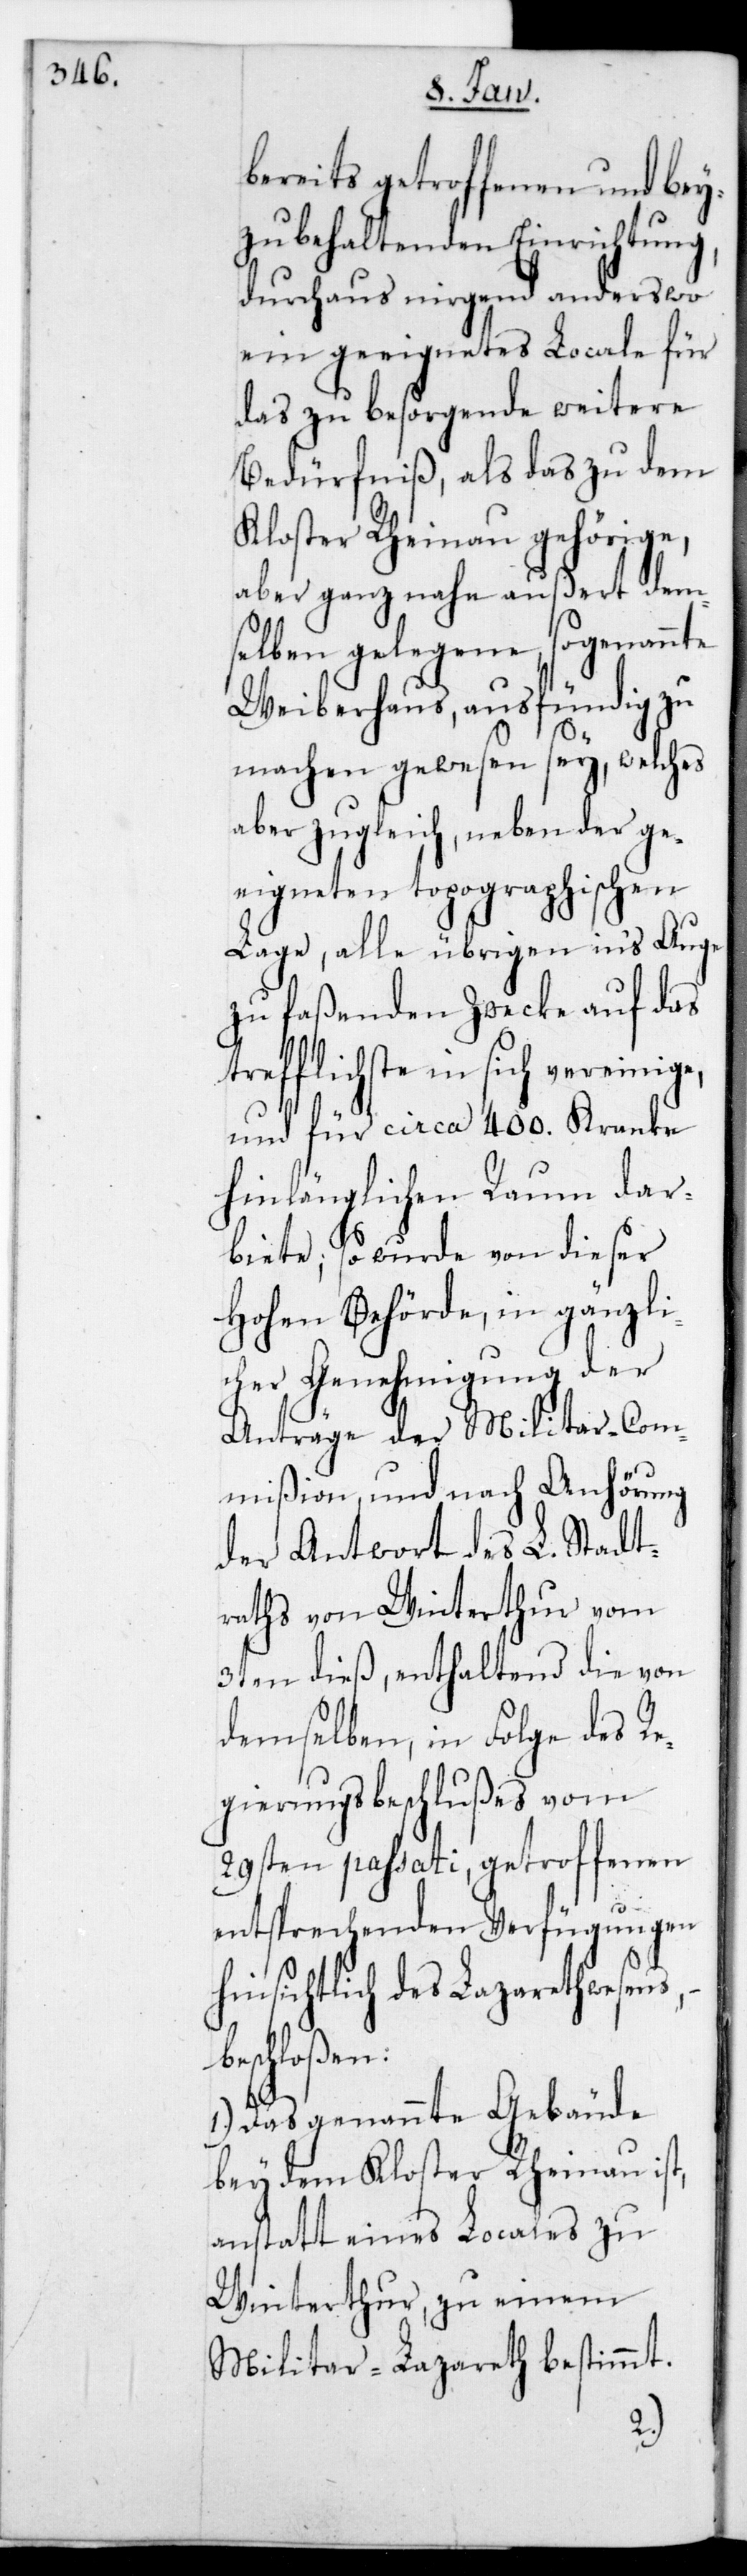
bereits getroffenen und bey¬
zubehaltenden Einrichtung,
durchaus nirgend anderswo
ein geeignetes Locale für
das zu besorgende weitere
Bedürfniß, als das zu dem
Kloster Rheinau gehörige,
aber ganz nahe außert dem¬
selben gelegene, sogenannte
Weiberhaus, ausfündig zu
machen gewesen sey, welches
aber zugleich, neben der ge¬
eigneten topographischen
Lage, alle übrigen ins Auge
zu faßenden Zwecke auf das
trefflichste in sich vereinige,
und für ca. 400. Kranke
hinlänglichen Raum dar¬
biete; so wurde von dieser
Hohen Behörde, in gänzli¬
cher Genehmigung der
Anträge der Militar-Com¬
mißion, und nach Anhörung
der Antwort des L. Stadt¬
raths von Winterthur vom
3ten dieß, enthaltend die von
demselben, in Folge des Re¬
gierungsbeschlußes vom
29sten passati, getroffenen
entsprechenden Verfügungen
hinsichtlich des Lazarettwesens,
beschloßen:
1.) Das genannte Gebäude
bey dem Kloster Rheinau ist,
anstatt eines Locales zu
Winterthur, zu einem
Militar-Lazareth bestimmt.